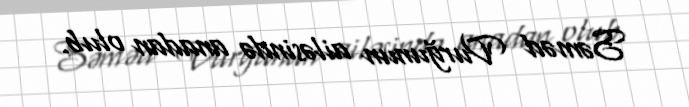
Səməd Vurğunun ailəsində anadan olub.